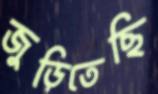
জুড়িতেছি